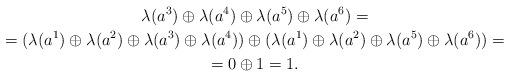
LaTeX: \begin{gather*}\lambda(a^3) \oplus \lambda(a^4) \oplus \lambda(a^5) \oplus \lambda(a^6) = \\= (\lambda(a^1) \oplus \lambda(a^2) \oplus \lambda(a^3) \oplus \lambda(a^4)) \oplus (\lambda(a^1) \oplus \lambda(a^2) \oplus \lambda(a^5) \oplus \lambda(a^6)) = \\ = 0 \oplus 1 = 1.\end{gather*}